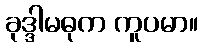
ခုဒ္ဒါမဓုက ကူပမာ။